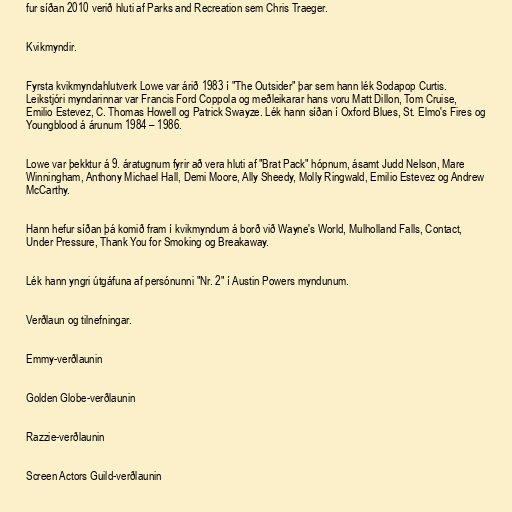
fur síðan 2010 verið hluti af Parks and Recreation sem Chris Traeger.

Kvikmyndir.

Fyrsta kvikmyndahlutverk Lowe var árið 1983 í "The Outsider" þar sem hann lék Sodapop Curtis.
Leikstjóri myndarinnar var Francis Ford Coppola og meðleikarar hans voru Matt Dillon, Tom Cruise,
Emilio Estevez, C. Thomas Howell og Patrick Swayze. Lék hann síðan í Oxford Blues, St. Elmo's Fires og
Youngblood á árunum 1984 – 1986.

Lowe var þekktur á 9. áratugnum fyrir að vera hluti af "Brat Pack" hópnum, ásamt Judd Nelson, Mare
Winningham, Anthony Michael Hall, Demi Moore, Ally Sheedy, Molly Ringwald, Emilio Estevez og Andrew
McCarthy.

Hann hefur síðan þá komið fram í kvikmyndum á borð við Wayne's World, Mulholland Falls, Contact,
Under Pressure, Thank You for Smoking og Breakaway.

Lék hann yngri útgáfuna af persónunni "Nr. 2" í Austin Powers myndunum.

Verðlaun og tilnefningar.

Emmy-verðlaunin

Golden Globe-verðlaunin

Razzie-verðlaunin

Screen Actors Guild-verðlaunin